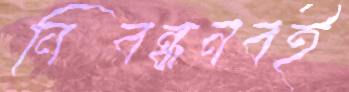
নিবন্ধনবই